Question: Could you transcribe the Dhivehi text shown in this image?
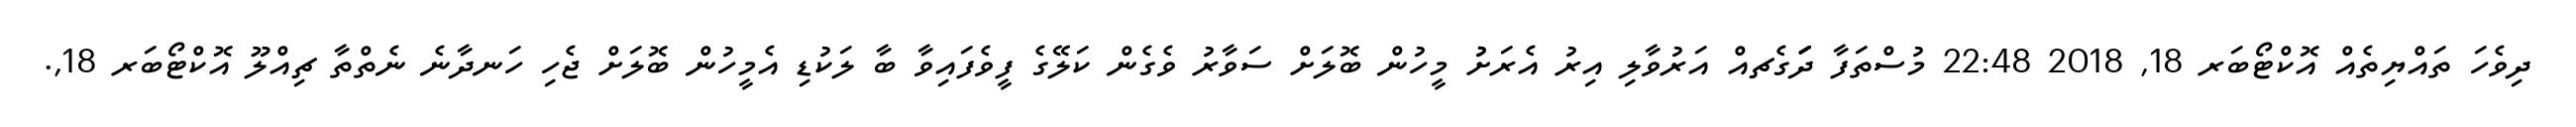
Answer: ދިވެހަ ތައްޔިތެއް އޮކްޓޯބަރ 18, 2018 22:48 މުސްތަފާ ދަަަަަަަގެޗއް އަރުވާލި އިރު އެރަށުު މީހުން ބޮލަށް ސަވާރު ވެގެން ކަލޭގެ ފީވެފައިވާ ބާ ލަކުޑި އެމީހުން ބޮލަށް ޖެހި ހަނދާނެ ނެތްތާ ޗިއްލޫ އޮކްޓޯބަރ 18,.